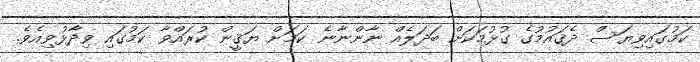
ކަމުގައިވިޔަސް ދެޤައުމުގެ ގުޅުމަކަށް ބަދަލެއް ނާންނާނެ ކަމަށް ޔަޤީން ކުރައްވާ ކަމުގައި ވިދާޅުވިއެވެ.